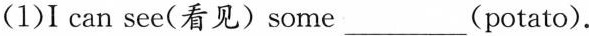
(1)I can see(看见)some___(potato).